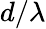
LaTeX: d/\lambda